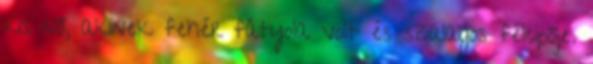
kis nő, akinek fehér fátyola volt és szalagos félcipője.